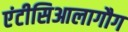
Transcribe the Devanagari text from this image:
एंटीसिआलागौग